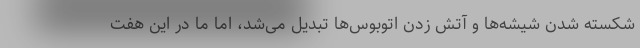
شکسته شدن شیشه‌ها و آتش زدن اتوبوس‌ها تبدیل می‌شد، اما ما در این هفت